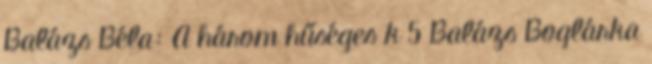
Balázs Béla: A három hűséges k 5 Balázs Boglárka